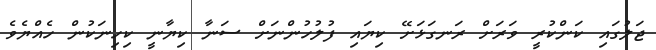
ޖަލުގައި ކަންކުރީ ވަރަށް ރަނގަޅަށޭ ކިޔައި ފުލުހުންނަށް ސަނާ ކިޔާނީ ކިހިނަކުން ހެއްޔެވެ